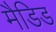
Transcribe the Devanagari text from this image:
मैडिड